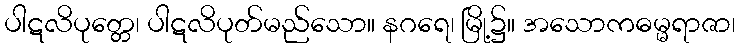
ပါဋလိပုတ္တေ၊ ပါဋလိပုတ်မည်သော။ နဂရေ၊ မြို့၌။ အသောကဓမ္မရာဇာ၊